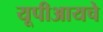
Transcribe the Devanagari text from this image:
यूपीआयचे